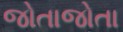
જોતાજોતા